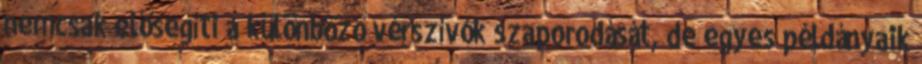
nemcsak elősegíti a különböző vérszívók szaporodását, de egyes példányaik